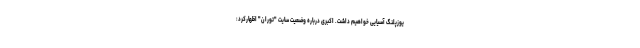
یوزپلنگ آسیایی خواهیم داشت. اکبری درباره وضعیت سایت "توران" اظهارکرد: